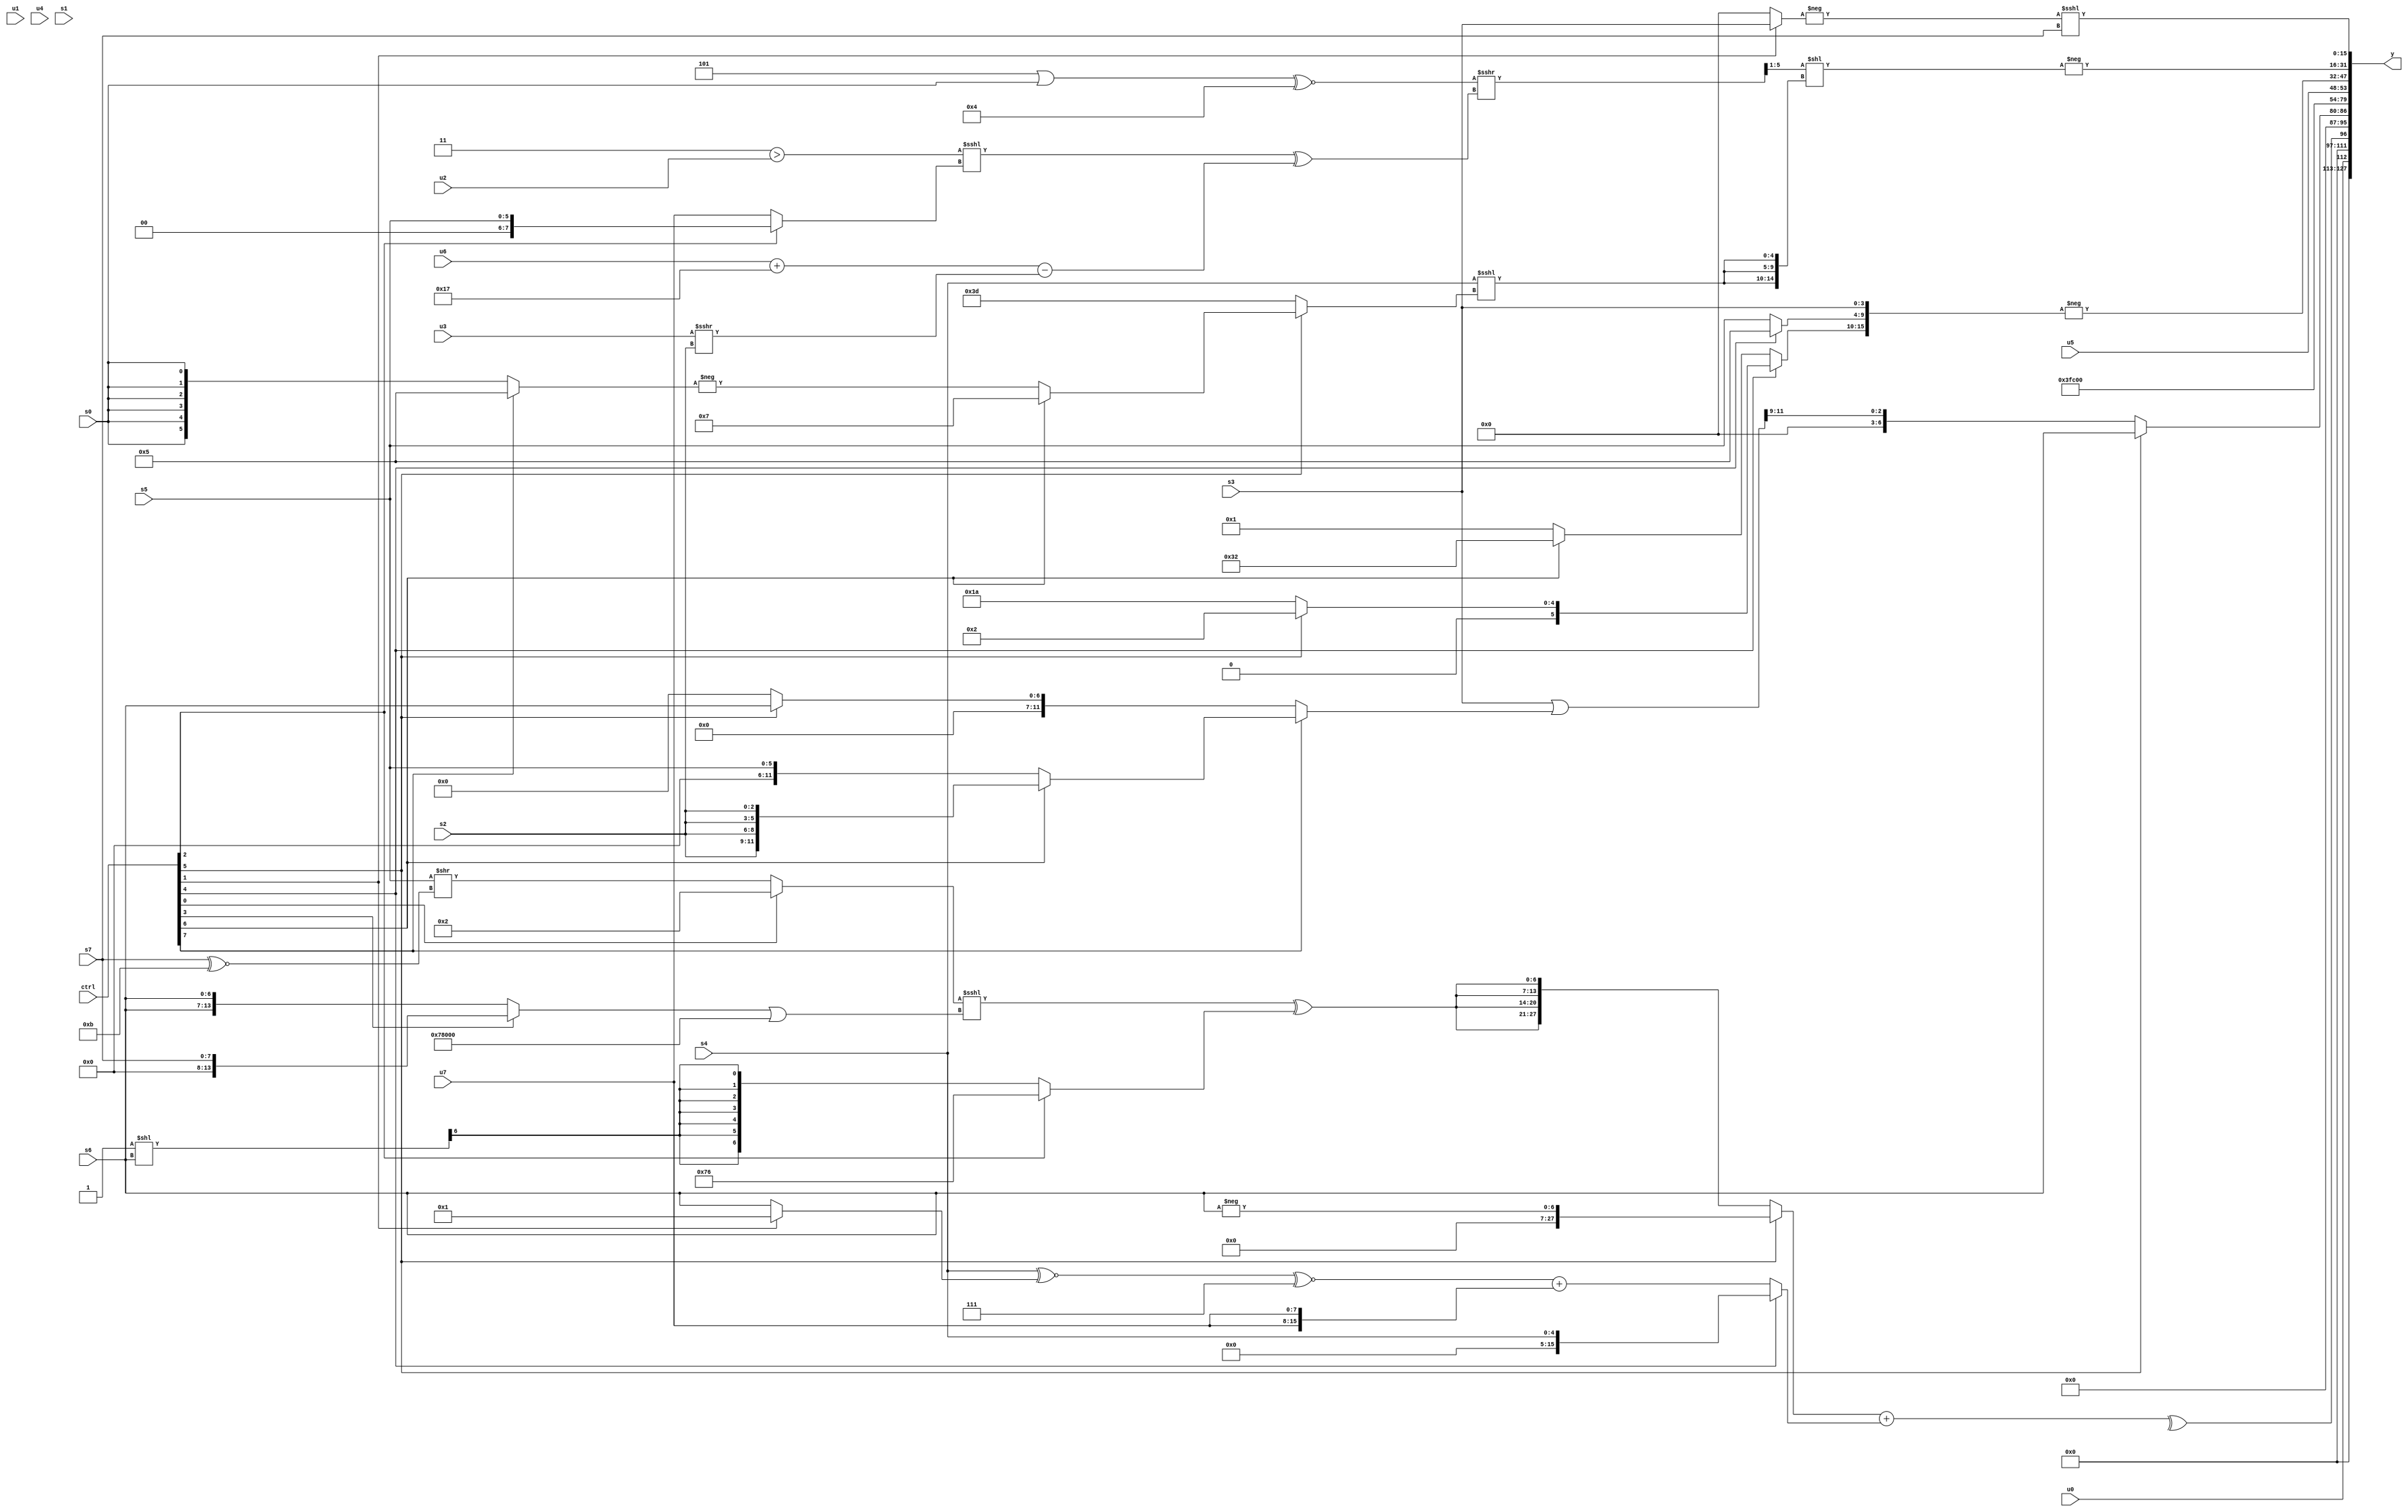
module wideexpr_00492(ctrl, u0, u1, u2, u3, u4, u5, u6, u7, s0, s1, s2, s3, s4, s5, s6, s7, y);
  input [7:0] ctrl;
  input [0:0] u0;
  input [1:0] u1;
  input [2:0] u2;
  input [3:0] u3;
  input [4:0] u4;
  input [5:0] u5;
  input [6:0] u6;
  input [7:0] u7;
  input signed [0:0] s0;
  input signed [1:0] s1;
  input signed [2:0] s2;
  input signed [3:0] s3;
  input signed [4:0] s4;
  input signed [5:0] s5;
  input signed [6:0] s6;
  input signed [7:0] s7;
  output [127:0] y;
  wire [15:0] y0;
  wire [15:0] y1;
  wire [15:0] y2;
  wire [15:0] y3;
  wire [15:0] y4;
  wire [15:0] y5;
  wire [15:0] y6;
  wire [15:0] y7;
  assign y = {y0,y1,y2,y3,y4,y5,y6,y7};
  assign y0 = u0;
  assign y1 = ^(((ctrl[5]?$signed(-(+(s6))):{4{(((ctrl[0]?$signed((ctrl[0]?2'b10:u6)):(s5)>>((s7)^~(5'sb11011))))<<<(((ctrl[3]?{s7}:{2{s6}}))|(({2'sb01,s5,5'sb10011,6'b101111})<<<(+(5'sb01111)))))^((ctrl[2]?6'sb110110:(((1'sb1)-(2'sb00))<<(s6))>>>(4'sb1001)))}}))+((ctrl[4]?s4:+($signed((((+(s4))^~((ctrl[1]?3'sb001:s6)))^~(4'sb0111))+(+({2{u7}})))))));
  assign y2 = (ctrl[5]?s6:((s3)|((ctrl[7]?(ctrl[6]?$unsigned({4{s2}}):{s5}):(ctrl[5]?{{1{s6}}}:{-(4'sb0000)}))))>>>(4'sb1001));
  assign y3 = $unsigned(($signed({4{2'sb11}}))>>>((-(~^(^(({4'sb0010,4'b1011,u1})+((ctrl[6]?u6:u4))))))>>(({1{{1{6'sb010111}}}})>>>(1'sb1))));
  assign y4 = u5;
  assign y5 = -({(ctrl[4]?(ctrl[5]?($signed(2'sb01))+(6'sb000001):6'sb011010):(ctrl[6]?$signed(+(5'sb10010)):2'sb01)),$signed($signed((ctrl[4]?-(4'sb1011):s5))),$signed(s3)});
  assign y6 = -((({3{$signed(((($signed(3'sb101))|(s0))^~($signed((3'sb101)-(6'sb111001))))>>>((((2'sb11)>(u2))<<<((ctrl[2]?s5:u7)))^(((u6)+(5'sb10111))-((u3)>>>(s2)))))}})>>(4'sb1101))<<({3{(+(s4))<<<((ctrl[5]?(ctrl[6]?6'sb000111:-((ctrl[7]?(3'sb110)+(4'sb0111):s0))):($signed(2'sb01))^(3'sb100)))}}));
  assign y7 = (-(+((ctrl[1]?s3:!(^($unsigned(1'sb1)))))))<<<({s7});
endmodule